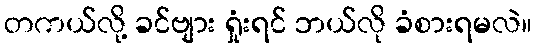
တကယ်လို့ ခင်ဗျား ရှုံးရင် ဘယ်လို ခံစားရမလဲ။